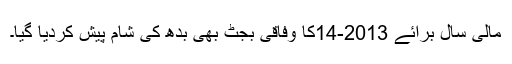
مالی سال برائے 2013-14کا وفاقی بجٹ بھی بدھ کی شام پیش کردیا گیا۔